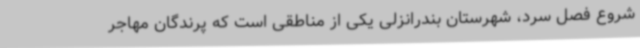
شروع فصل سرد، شهرستان بندرانزلی یکی از مناطقی است که پرندگان مهاجر